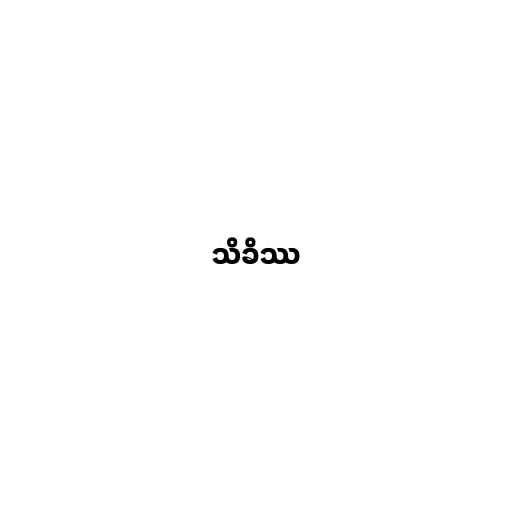
သိခိဿ